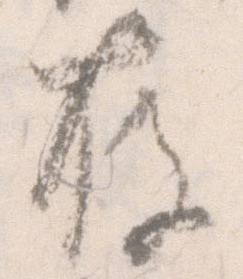
存